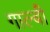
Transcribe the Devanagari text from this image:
गाल्बी